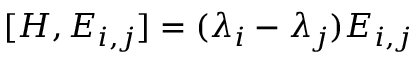
[ H , E _ { i , j } ] = ( \lambda _ { i } - \lambda _ { j } ) E _ { i , j }